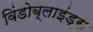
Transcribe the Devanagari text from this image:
विंडोब्लाइंड्स